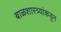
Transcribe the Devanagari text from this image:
बाळशास्त्र्यांकडून